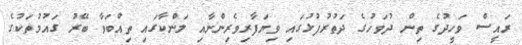
ރައީސް ވަހީދުގެ ތިން ދުވަހުގެ ދަތުރުފުޅުގައި ވިޔަފާރިވެރިންނާއި ލަންކާގައި ތިއްބަވާ ބޭރު ގައުމުތަކުގެ